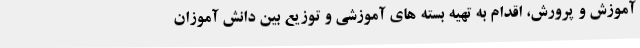
آموزش و پرورش، اقدام به تهیه بسته های آموزشی و توزیع بین دانش آموزان